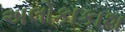
અલોકાકાશ